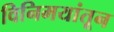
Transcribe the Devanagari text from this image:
विनिमयांतून